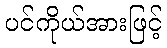
ပင်ကိုယ်အားဖြင့်